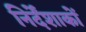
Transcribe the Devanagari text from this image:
निर्देंशाकों